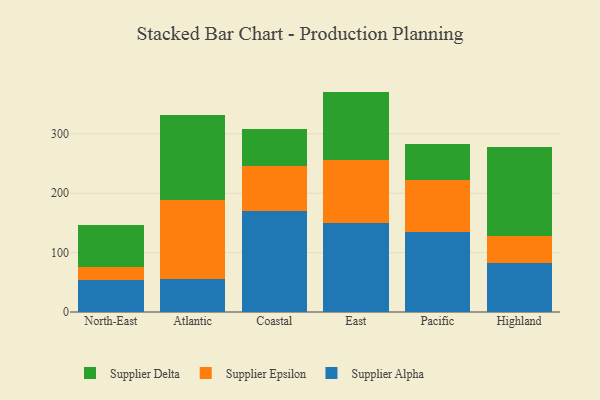
{"axis": {"x": "Region", "y": "Budget (USD K)"}, "legend": ["Supplier Alpha", "Supplier Delta", "Supplier Epsilon"], "data": [{"x": "North-East", "y": 54.1, "type": "Supplier Alpha"}, {"x": "North-East", "y": 22.1, "type": "Supplier Epsilon"}, {"x": "North-East", "y": 70.2, "type": "Supplier Delta"}, {"x": "Atlantic", "y": 55.9, "type": "Supplier Alpha"}, {"x": "Atlantic", "y": 133.0, "type": "Supplier Epsilon"}, {"x": "Atlantic", "y": 142.4, "type": "Supplier Delta"}, {"x": "Coastal", "y": 169.9, "type": "Supplier Alpha"}, {"x": "Coastal", "y": 75.3, "type": "Supplier Epsilon"}, {"x": "Coastal", "y": 62.7, "type": "Supplier Delta"}, {"x": "East", "y": 150.2, "type": "Supplier Alpha"}, {"x": "East", "y": 105.1, "type": "Supplier Epsilon"}, {"x": "East", "y": 116.0, "type": "Supplier Delta"}, {"x": "Pacific", "y": 135.4, "type": "Supplier Alpha"}, {"x": "Pacific", "y": 86.6, "type": "Supplier Epsilon"}, {"x": "Pacific", "y": 61.2, "type": "Supplier Delta"}, {"x": "Highland", "y": 82.6, "type": "Supplier Alpha"}, {"x": "Highland", "y": 44.8, "type": "Supplier Epsilon"}, {"x": "Highland", "y": 149.9, "type": "Supplier Delta"}]}